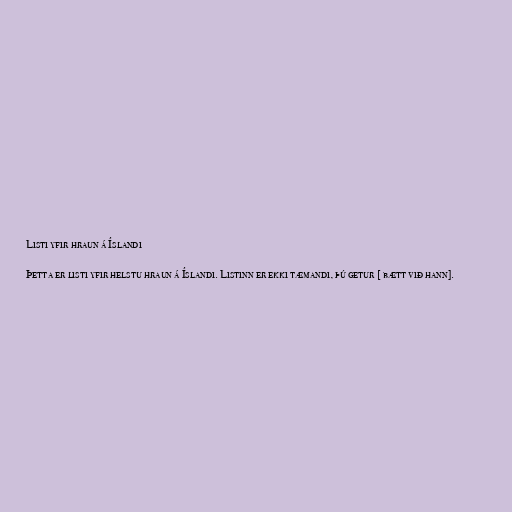
Listi yfir hraun á Íslandi

Þetta er listi yfir helstu hraun á Íslandi. Listinn er ekki tæmandi, þú getur [ bætt við hann].